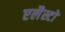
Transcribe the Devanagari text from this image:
एलैस्टो